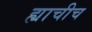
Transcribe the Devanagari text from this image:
ह्याचीच